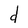
Character: d